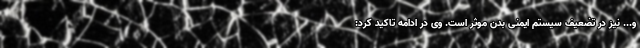
و... نیز در تضعیف سیستم ایمنی بدن موثر است. وی در ادامه تاکید کرد: